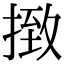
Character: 㨖